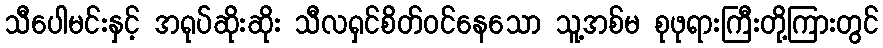
သီပေါမင်းနှင့် အရုပ်ဆိုးဆိုး သီလရှင်စိတ်ဝင်နေသော သူ့အစ်မ စုဖုရားကြီးတို့ကြားတွင်